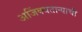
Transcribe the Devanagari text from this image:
अजिंक्‍यतार्‍याची